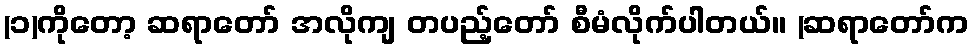
(၁)ကိုတော့ ဆရာတော် အလိုကျ တပည့်တော် စီမံလိုက်ပါတယ်။ (ဆရာတော်က